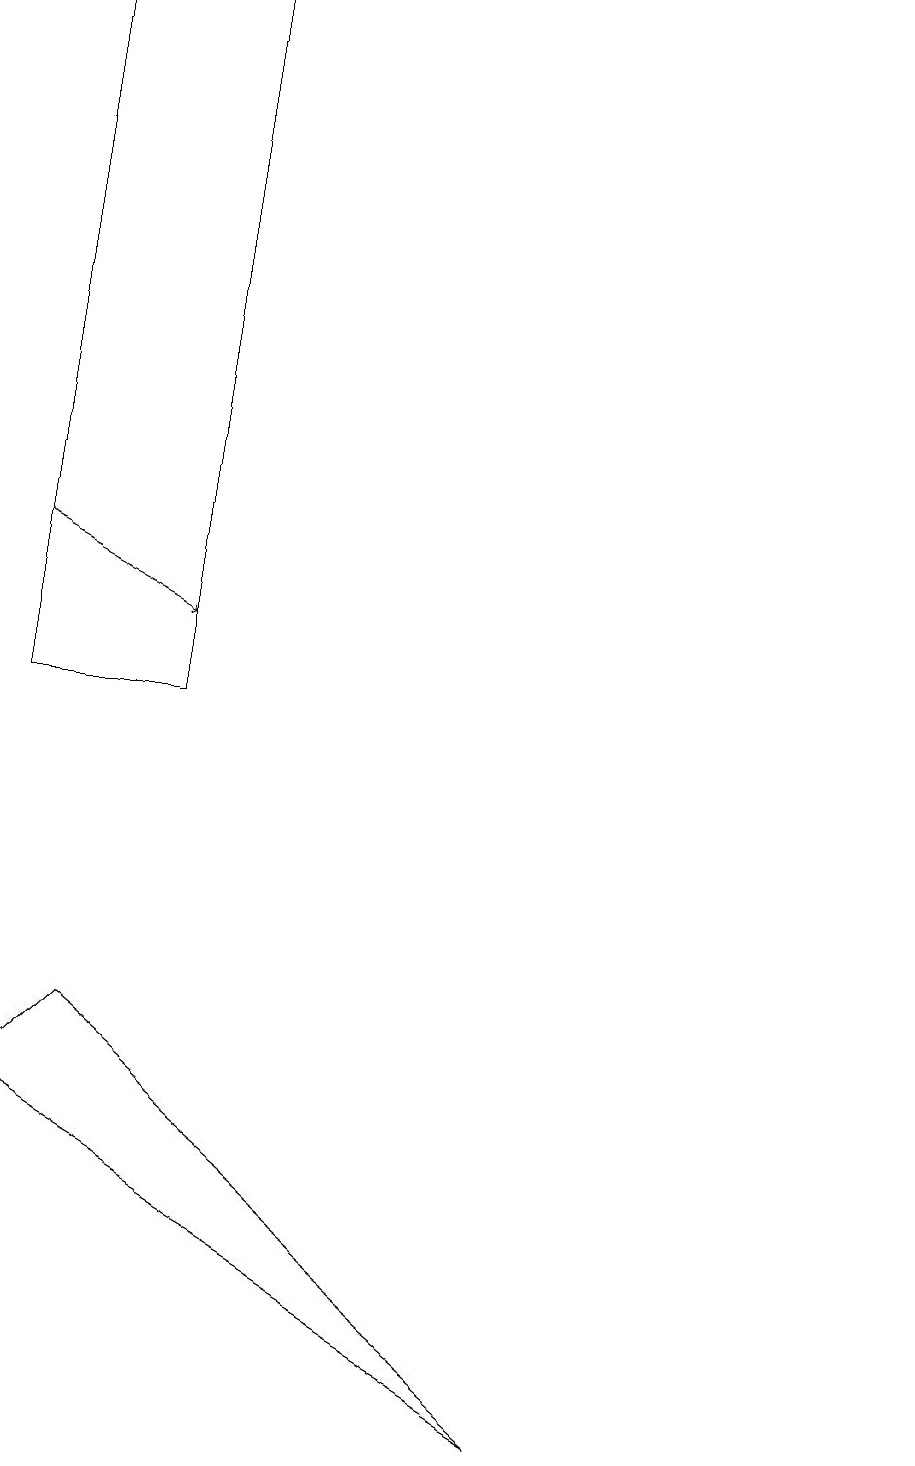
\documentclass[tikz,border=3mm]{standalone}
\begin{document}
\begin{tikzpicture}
\draw (11,11) circle (0);
\draw (1,6) -- (0,5) -- (7,1) -- cycle;
\draw[->] (0,12) -- (2,11);
\draw (2,19) rectangle (0,10);
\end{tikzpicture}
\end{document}